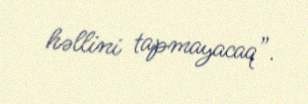
həllini tapmayacaq”.